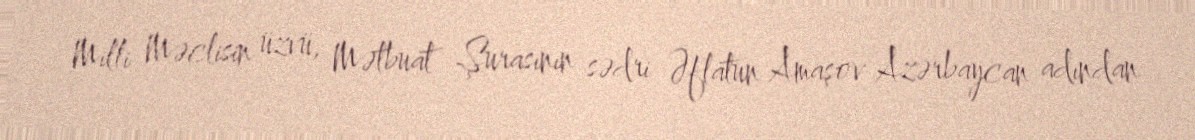
Milli Məclisin üzvü, Mətbuat Şurasının sədri Əflatun Amaşov Azərbaycan adından